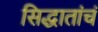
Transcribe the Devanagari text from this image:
सिद्धातांचं